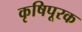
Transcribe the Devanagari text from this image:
कृषिपूरक